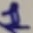
Text: 1